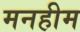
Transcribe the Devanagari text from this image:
मनहीम